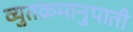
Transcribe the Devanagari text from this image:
व्युतक्रमानुपाती